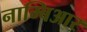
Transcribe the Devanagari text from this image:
नाम्बिआर